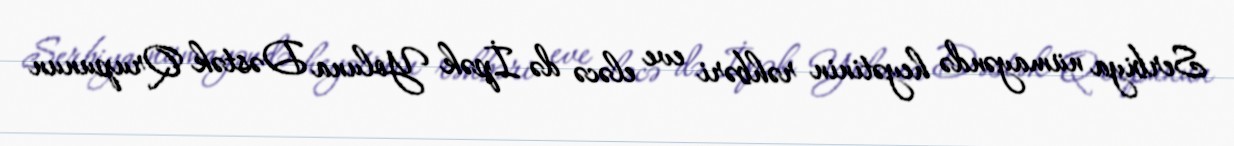
Serbiya nümayəndə heyətinin rəhbəri eve eləcə də İpək Yoluna Dəstək Qrupunun